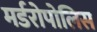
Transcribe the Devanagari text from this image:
मर्डरोपोलिस